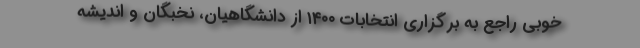
خوبی راجع به برگزاری انتخابات ۱۴۰۰ از دانشگاهیان، نخبگان و اندیشه